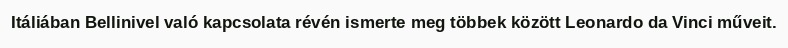
Itáliában Bellinivel való kapcsolata révén ismerte meg többek között Leonardo da Vinci műveit.